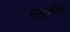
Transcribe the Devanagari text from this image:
अंसतुलित